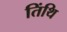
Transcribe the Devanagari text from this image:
तिंथि